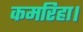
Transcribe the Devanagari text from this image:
कमरिहा।